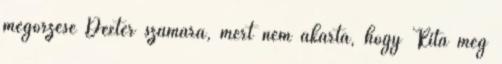
megőrzése Dexter számára, mert nem akarta, hogy Rita meg